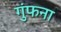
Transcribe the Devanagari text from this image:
गुंफना